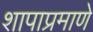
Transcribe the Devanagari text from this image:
शापाप्रमाणे